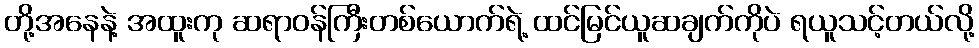
တို့အနေနဲ့ အထူးကု ဆရာဝန်ကြီးတစ်ယောက်ရဲ့ ထင်မြင်ယူဆချက်ကိုပဲ ရယူသင့်တယ်လို့